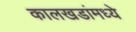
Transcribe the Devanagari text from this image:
कालखडांमध्ये